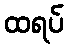
ထရပ်